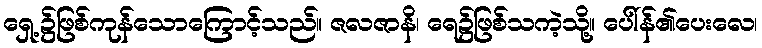
ရှေ့၌ဖြစ်ကုန်သောကြောင့်သည်။ ဇလဇာနိ၊ ရေ၌ဖြစ်သကဲ့သို့။ ပေါ်န်၏ပေးလေ၊